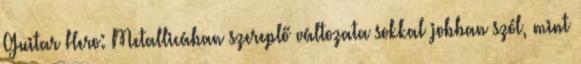
Guitar Hero: Metallicában szereplő változata sokkal jobban szól, mint